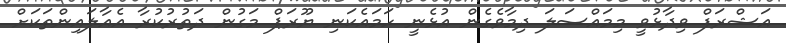
އަޝްރަފް ވިދާޅުވީ މިމައްސަލަ ދިމާވެގެން އުޅެނީ ހަމައެކަނި ޔޫރަޕް މަގުން ދަތުރުކުރާ އެއާލައިންތަކަށް